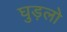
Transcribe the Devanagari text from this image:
घुड़लो